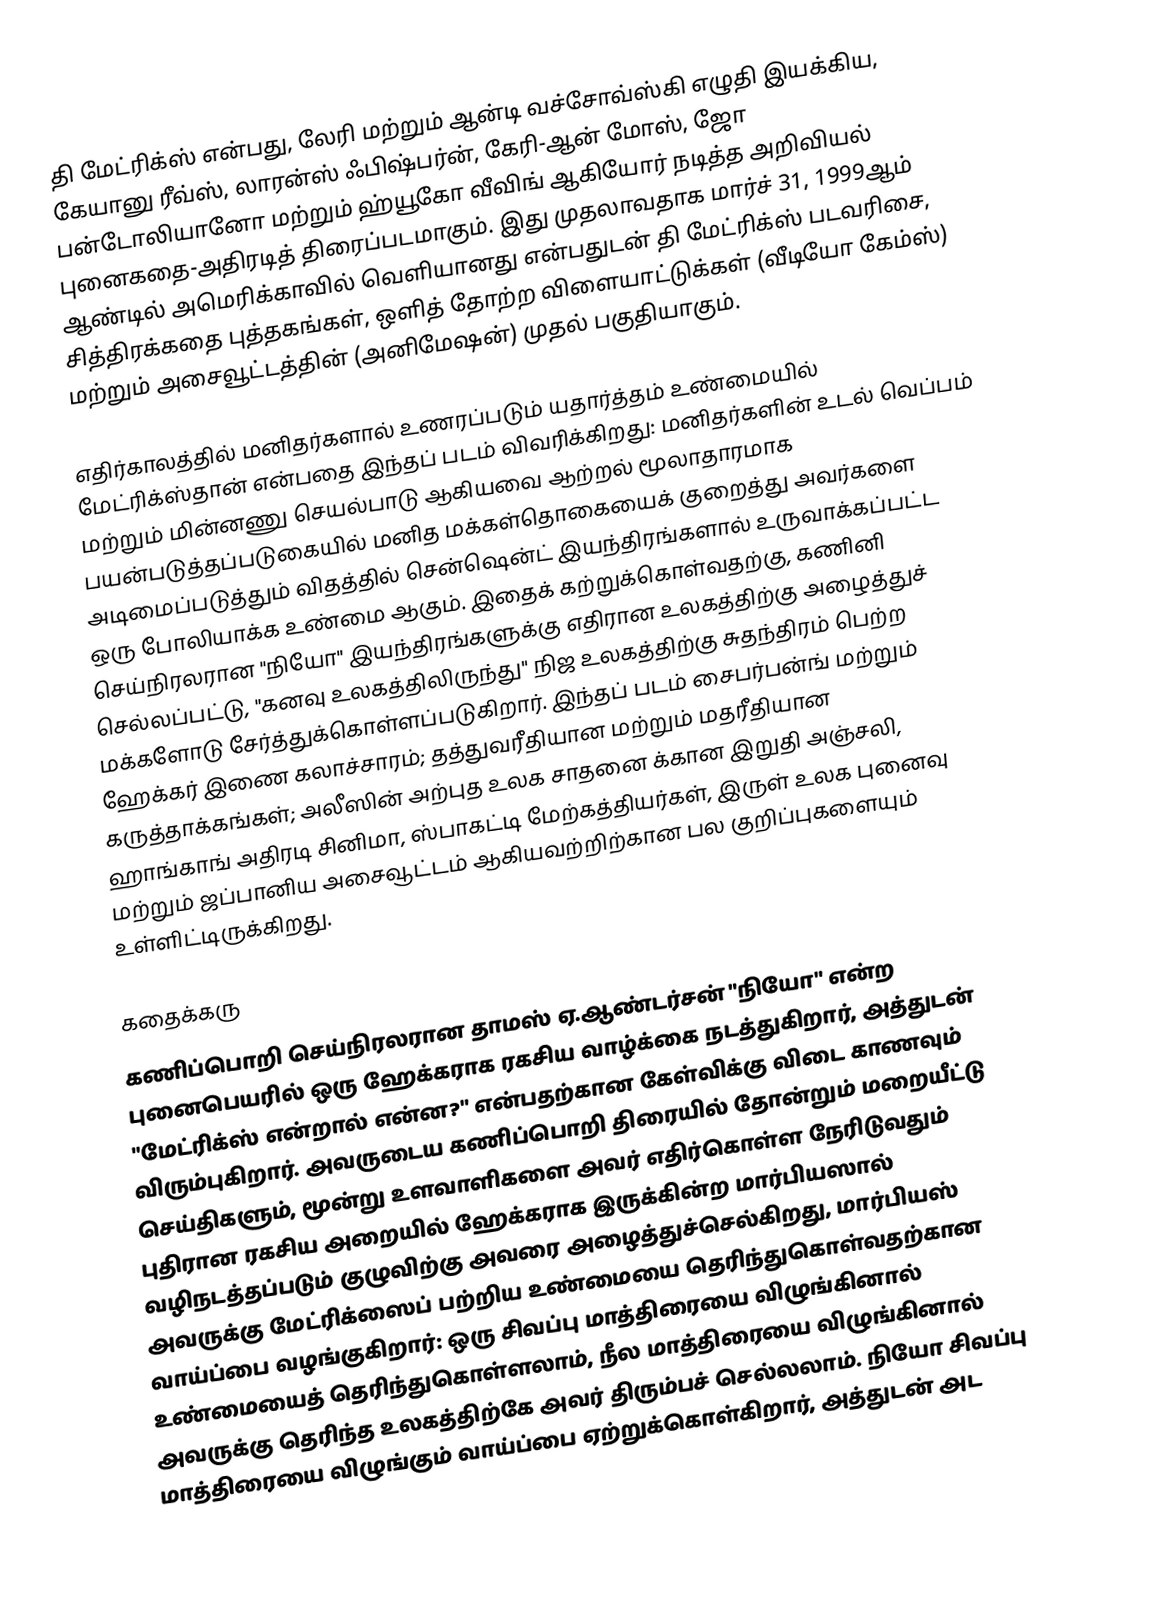
தி மேட்ரிக்ஸ்  என்பது, லேரி மற்றும் ஆன்டி வச்சோவ்ஸ்கி எழுதி இயக்கிய, கேயானு ரீவ்ஸ், லாரன்ஸ் ஃபிஷ்பர்ன், கேரி-ஆன் மோஸ், ஜோ பன்டோலியானோ மற்றும் ஹ்யூகோ வீவிங் ஆகியோர் நடித்த அறிவியல் புனைகதை-அதிரடித் திரைப்படமாகும். இது முதலாவதாக மார்ச் 31, 1999ஆம் ஆண்டில் அமெரிக்காவில் வெளியானது என்பதுடன் தி மேட்ரிக்ஸ் படவரிசை, சித்திரக்கதை புத்தகங்கள், ஒளித் தோற்ற விளையாட்டுக்கள் (வீடியோ கேம்ஸ்) மற்றும் அசைவூட்டத்தின் (அனிமேஷன்) முதல் பகுதியாகும்.

எதிர்காலத்தில் மனிதர்களால் உணரப்படும் யதார்த்தம் உண்மையில் மேட்ரிக்ஸ்தான் என்பதை இந்தப் படம் விவரிக்கிறது: மனிதர்களின் உடல் வெப்பம் மற்றும் மின்னணு செயல்பாடு ஆகியவை ஆற்றல் மூலாதாரமாக பயன்படுத்தப்படுகையில் மனித மக்கள்தொகையைக் குறைத்து அவர்களை அடிமைப்படுத்தும் விதத்தில் சென்ஷென்ட் இயந்திரங்களால் உருவாக்கப்பட்ட ஒரு போலியாக்க உண்மை ஆகும். இதைக் கற்றுக்கொள்வதற்கு, கணினி செய்நிரலரான "நியோ" இயந்திரங்களுக்கு எதிரான உலகத்திற்கு அழைத்துச் செல்லப்பட்டு, "கனவு உலகத்திலிருந்து" நிஜ உலகத்திற்கு சுதந்திரம் பெற்ற மக்களோடு சேர்த்துக்கொள்ளப்படுகிறார். இந்தப் படம் சைபர்பன்ங் மற்றும் ஹேக்கர் இணை கலாச்சாரம்; தத்துவரீதியான மற்றும் மதரீதியான கருத்தாக்கங்கள்; அலீஸின் அற்புத உலக சாதனை க்கான இறுதி அஞ்சலி, ஹாங்காங் அதிரடி சினிமா, ஸ்பாகட்டி மேற்கத்தியர்கள், இருள் உலக புனைவு மற்றும் ஜப்பானிய அசைவூட்டம் ஆகியவற்றிற்கான பல குறிப்புகளையும் உள்ளிட்டிருக்கிறது.

கதைக்கரு
கணிப்பொறி செய்நிரலரான தாமஸ் ஏ.ஆண்டர்சன் "நியோ" என்ற புனைபெயரில் ஒரு ஹேக்கராக ரகசிய வாழ்க்கை நடத்துகிறார், அத்துடன் "மேட்ரிக்ஸ் என்றால் என்ன?" என்பதற்கான கேள்விக்கு விடை காணவும் விரும்புகிறார். அவருடைய கணிப்பொறி திரையில் தோன்றும் மறையீட்டு செய்திகளும், மூன்று உளவாளிகளை அவர் எதிர்கொள்ள நேரிடுவதும் புதிரான ரகசிய அறையில் ஹேக்கராக இருக்கின்ற மார்பியஸால் வழிநடத்தப்படும் குழுவிற்கு அவரை அழைத்துச்செல்கிறது, மார்பியஸ் அவருக்கு மேட்ரிக்ஸைப் பற்றிய உண்மையை தெரிந்துகொள்வதற்கான வாய்ப்பை வழங்குகிறார்: ஒரு சிவப்பு மாத்திரையை விழுங்கினால் உண்மையைத் தெரிந்துகொள்ளலாம், நீல மாத்திரையை விழுங்கினால் அவருக்கு தெரிந்த உலகத்திற்கே அவர் திரும்பச் செல்லலாம். நியோ சிவப்பு மாத்திரையை விழுங்கும் வாய்ப்பை ஏற்றுக்கொள்கிறார், அத்துடன் அட